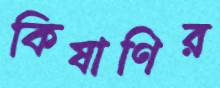
কিষাণির